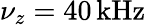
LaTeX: \nu_{z}=40\, \textrm{kHz}